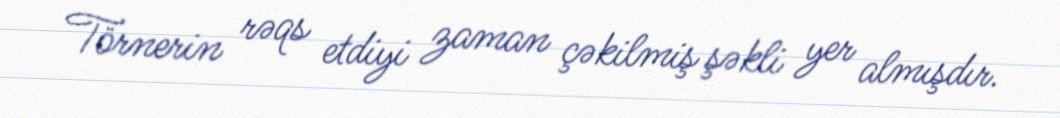
Törnerin rəqs etdiyi zaman çəkilmiş şəkli yer almışdır.